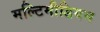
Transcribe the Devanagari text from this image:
मल्टिमीडियम